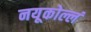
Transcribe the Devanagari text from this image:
नयूकोल्लं